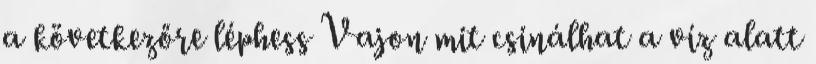
a következőre léphess Vajon mit csinálhat a víz alatt